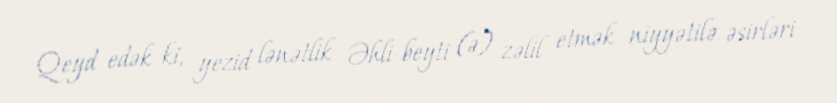
Qeyd edək ki, yezid lənətlik Əhli-beyti (ə) zəlil etmək niyyətilə əsirləri